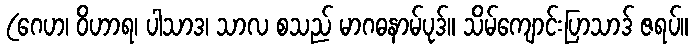
(ဂေဟ၊ ဝိဟာရ၊ ပါသာဒ၊ သာလ စသည် မာဂဓနာမ်ပုဒ်။ သိမ်ကျောင်းပြာသာဒ် ဇရပ်။